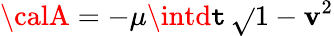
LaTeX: {\calA}=-\mu\intd\mathtt{t}\, \sqrt{}{{1-{\mathbf{v}}^{2}}}